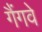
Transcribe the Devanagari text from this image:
गैंगवे